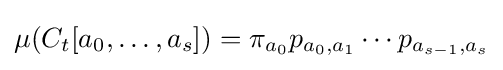
\mu (C_{t}[a_{0},\ldots ,a_{s}])=\pi _{a_{0}}p_{a_{0},a_{1}}\cdots p_{a_{s-1},a_{s}}